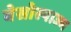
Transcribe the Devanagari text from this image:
वेसोस्पाज्म